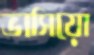
ভাসিয়ো